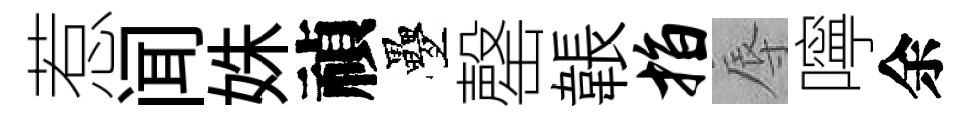
惹闻姝禎疊罄韔指辱嚀余